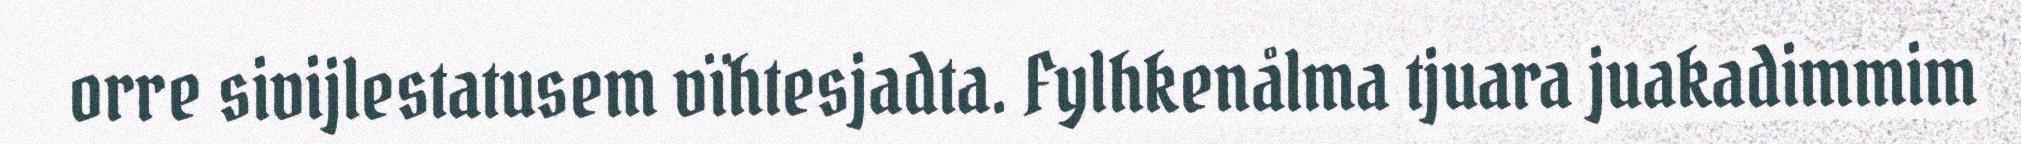
orre sivijlestatusem vïhtesjadta. Fylhkenålma tjuara juakadimmim